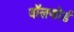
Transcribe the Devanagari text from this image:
वॉलफोर्ड